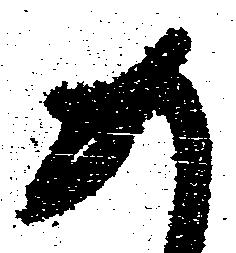
め